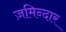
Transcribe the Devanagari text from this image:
ज़मिन्दार